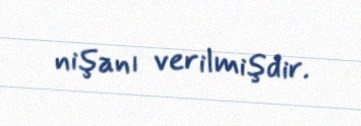
nişanı verilmişdir.